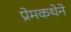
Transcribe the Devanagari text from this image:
प्रेमकथेने